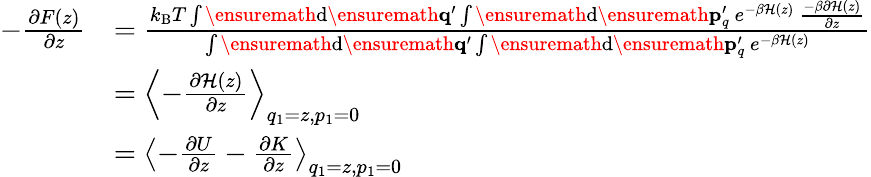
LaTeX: \begin{array}{rl}{-\frac{\partial F(z)}{\partial z}}&{=\frac{k_{\mathrm{B}}T\int\ensuremath{\mathrm{d}}\ensuremath{\mathbf{q}}^{\prime}\int\ensuremath{\mathrm{d}}\ensuremath{\mathbf{p}}_{q}^{\prime}\ e^{-\beta\mathcal{H}(z)}\ \frac{-\beta\partial\mathcal{H}(z)}{\partial z}}{\int\ensuremath{\mathrm{d}}\ensuremath{\mathbf{q}}^{\prime}\int\ensuremath{\mathrm{d}}\ensuremath{\mathbf{p}}_{q}^{\prime}\ e^{-\beta\mathcal{H}(z)}}}\\ &{=\left<-\frac{\partial\mathcal{H}(z)}{\partial z}\right>_{q_{1}=z,p_{1}=0}}\\ &{=\left<-\frac{\partial U}{\partial z}-\frac{\partial K}{\partial z}\right>_{q_{1}=z,p_{1}=0}}\end{array}